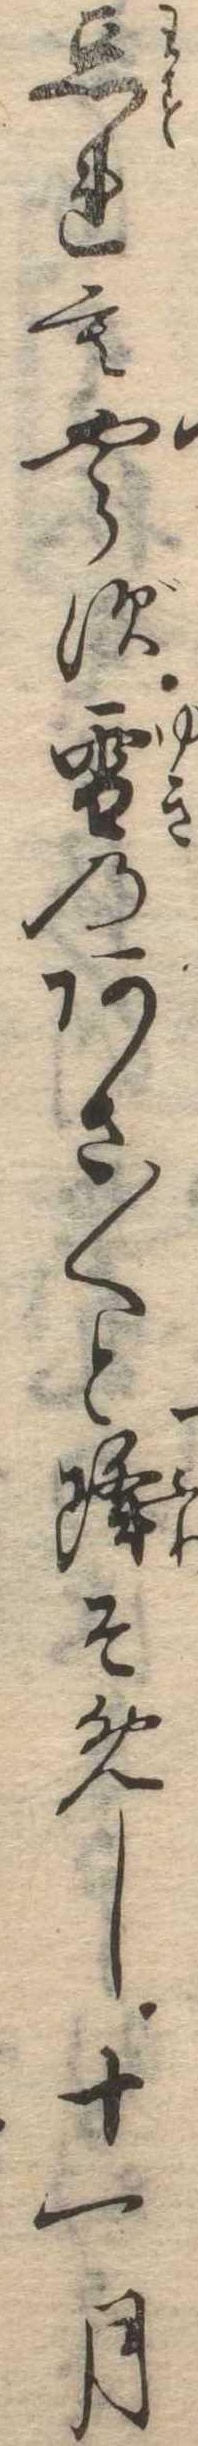
忘れもやらず雪のあさ〱と降そめし十一月